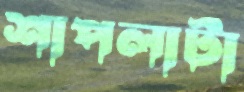
শাপলাটা